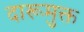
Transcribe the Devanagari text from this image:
दारूमुक्त